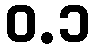
ဝ.၁